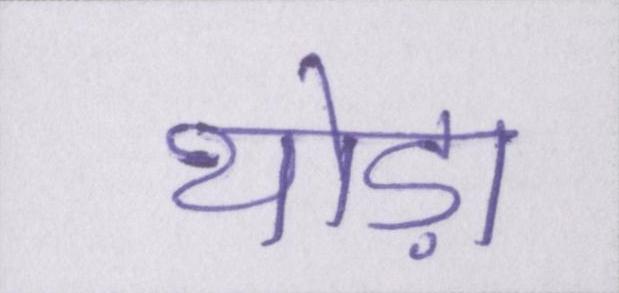
थोड़ा